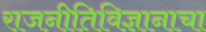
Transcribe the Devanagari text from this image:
राजनीतिविज्ञानाचा